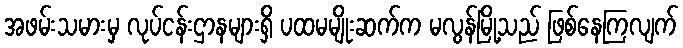
အဖမ်းသမားမှ လုပ်ငန်းဌာနများရှိ ပထမမျိုးဆက်က မလွန်မြို့သည် ဖြစ်နေကြလျက်